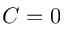
C = 0